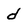
Character: d